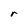
Character: r